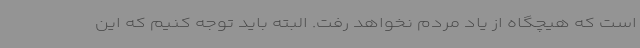
است که هیچگاه از یاد مردم نخواهد رفت. البته باید توجه کنیم که این